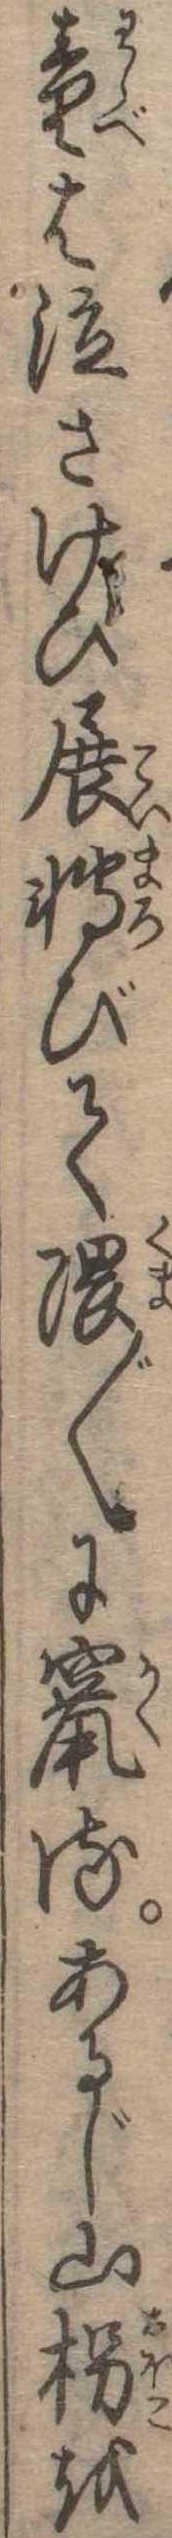
童は泣さけび展転びて隈〱に竄るあるじ山枴を